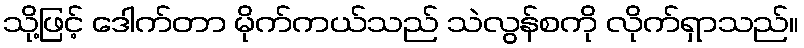
သို့ဖြင့် ဒေါက်တာ မိုက်ကယ်သည် သဲလွန်စကို လိုက်ရှာသည်။